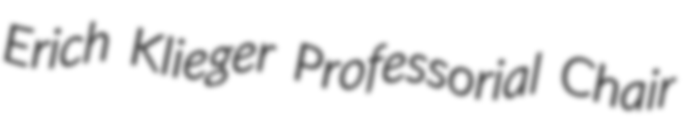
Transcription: Erich Klieger Professorial Chair